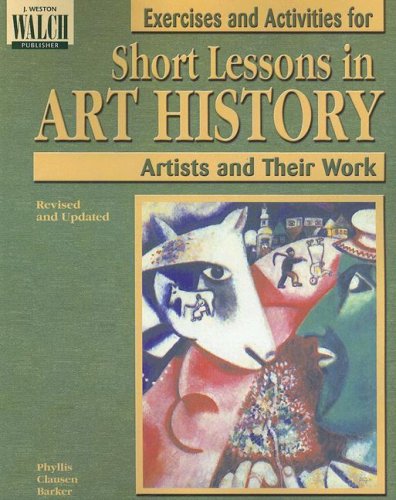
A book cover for Short Lessons in Art History: Exercises and Activities; Phyllis C. Barker; Teen & Young Adult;